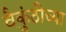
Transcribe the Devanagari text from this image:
वैकुंठीच्या